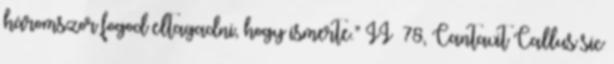
háromszor fogod eltagadni, hogy ismerte.” II 78, Cantavit Callus sic